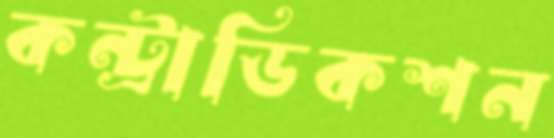
কন্ট্রাডিকশন